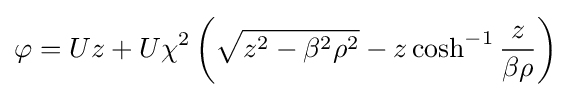
\varphi =Uz+U\chi ^{2}\left({\sqrt {z^{2}-\beta ^{2}\rho ^{2}}}-z\cosh ^{-1}{\frac {z}{\beta \rho }}\right)